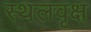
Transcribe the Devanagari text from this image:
स्थलवृक्ष